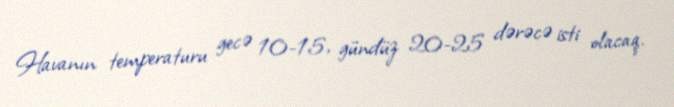
Havanın temperaturu gecə 10-15, gündüz 20-25 dərəcə isti olacaq.